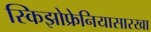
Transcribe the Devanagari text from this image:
स्किझोफ्रेनियासारखा